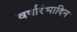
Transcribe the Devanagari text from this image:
वर्षारंभादिन